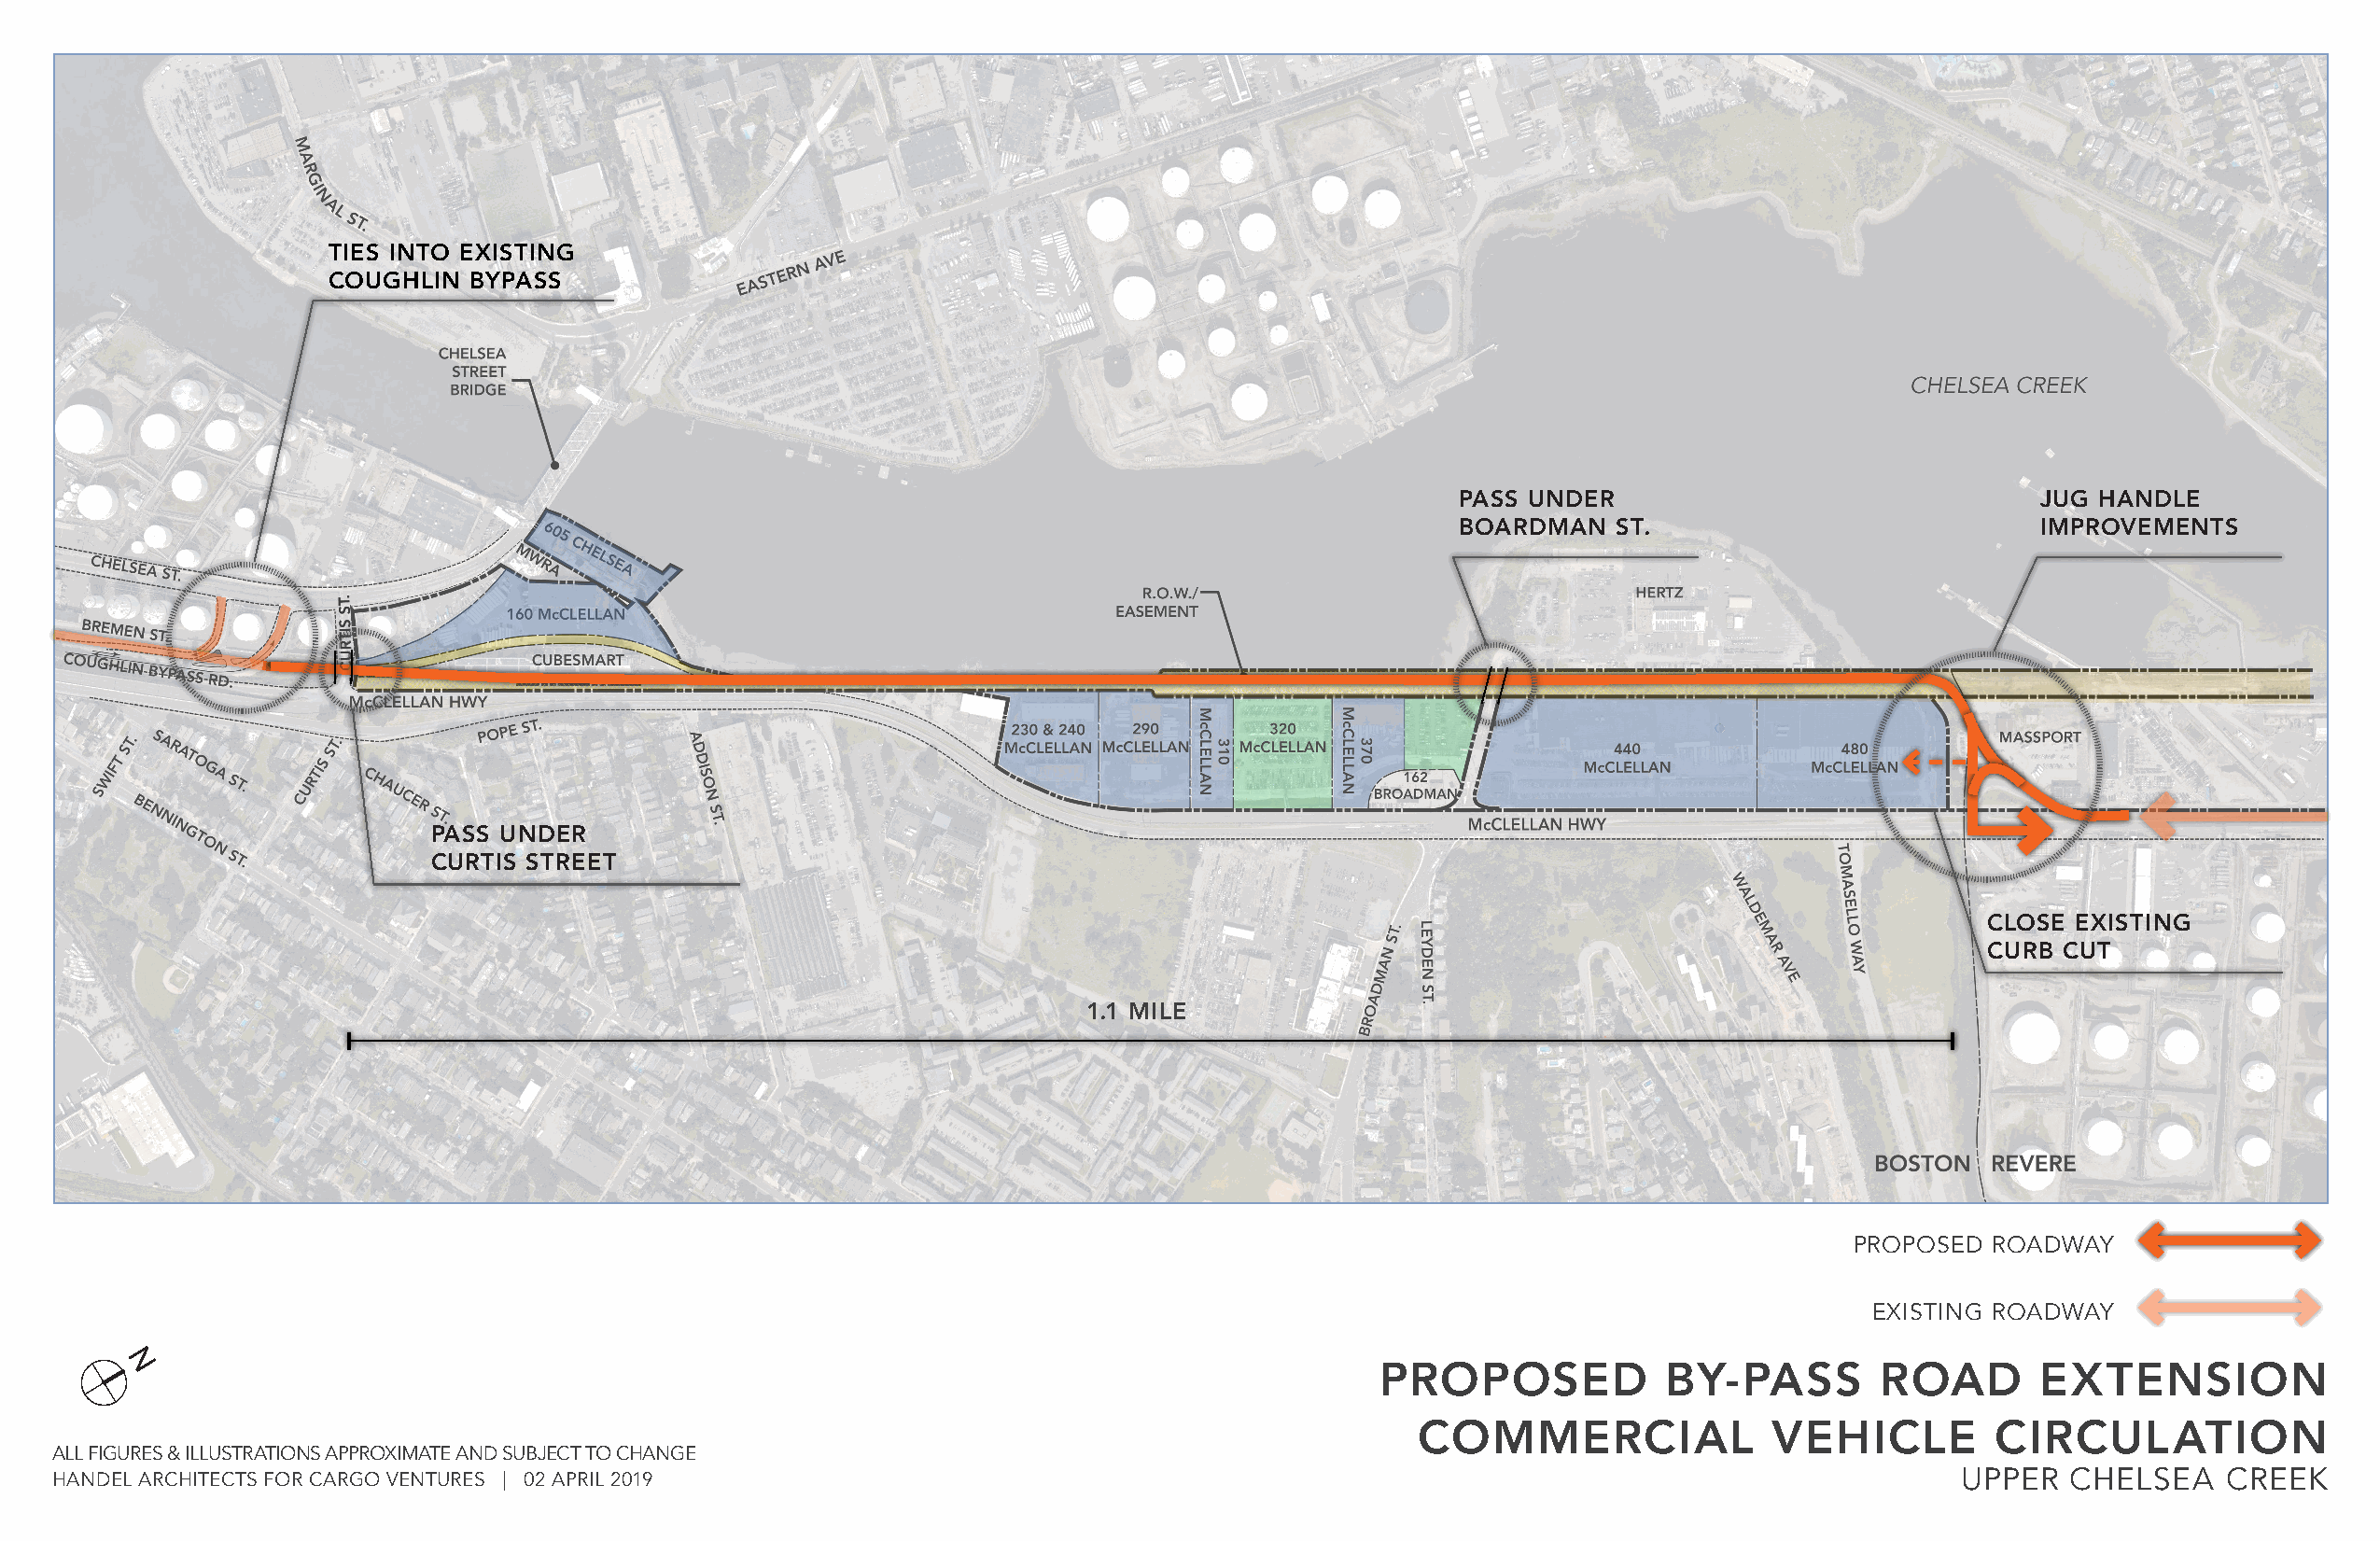
TIES INTO EXISTING
 COUGHLIN  BYPASS
 PASS UNDER                                JUG HANDLE
 BOARDMAN    ST.                           IMPROVEMENTS
 .T
 S
 S
 IT
 R
 U
 C
 PASS UNDER
 CURTIS STREET
 CLOSE EXISTING
 CURB CUT
 1.1 MILE
 PROPOSED  ROADWAY
 EXISTING ROADWAY
 N                                                                                         PROPOSED            BY-PASS        ROAD        EXTENSION
 COMMERCIAL               VEHICLE         CIRCULATION
 ALL FIGURES & ILLUSTRATIONS APPROXIMATE AND SUBJECT TO CHANGE
 HANDEL ARCHITECTS FOR CARGO VENTURES | 02 APRIL 2019                                                                                   UPPER   CHELSEA    CREEK